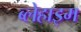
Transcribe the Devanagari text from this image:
ब्लेहाइम